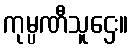
ကုမ္ပဏီသူဌေး။